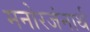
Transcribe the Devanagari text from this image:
मनोरजंनार्थ